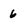
Character: 6